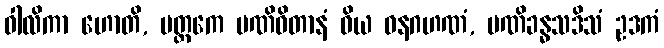
ဝါလိကာ ဟောတိ, မတ္ထကေ မဏိဝိတာနံ ဝိယ ဝနဂဟဏံ, မဏိခန္ဓသဒိသံ ဥဒကံ